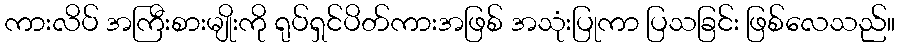
ကားလိပ် အကြီးစားမျိုးကို ရုပ်ရှင်ပိတ်ကားအဖြစ် အသုံးပြုကာ ပြသခြင်း ဖြစ်လေသည်။